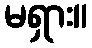
မရှား။